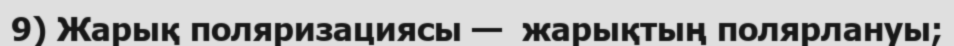
9) Жарық поляризациясы —  жарықтың полярлануы;